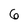
Character: 6